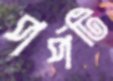
পর্পটি